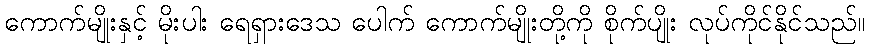
ကောက်မျိုးနှင့် မိုးပါး ရေရှားဒေသ ပေါက် ကောက်မျိုးတို့ကို စိုက်ပျိုး လုပ်ကိုင်နိုင်သည်။